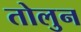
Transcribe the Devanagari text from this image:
तोलुन